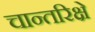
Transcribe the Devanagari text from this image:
चान्तरिक्षे